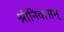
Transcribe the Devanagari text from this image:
श्रीनिवासम्‌